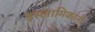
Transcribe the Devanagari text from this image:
इस्लामिकांनी